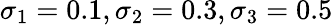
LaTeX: \sigma_{1}=0.1,\sigma_{2}=0.3,\sigma_{3}=0.5